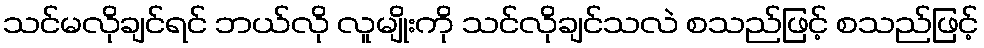
သင်မလိုချင်ရင် ဘယ်လို လူမျိုးကို သင်လိုချင်သလဲ စသည်ဖြင့် စသည်ဖြင့်